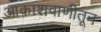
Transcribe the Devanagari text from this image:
आकाशवाणीतून